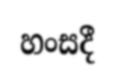
හංසදී